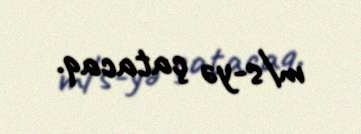
m/s-yə çatacaq.